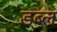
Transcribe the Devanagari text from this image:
डब्ल